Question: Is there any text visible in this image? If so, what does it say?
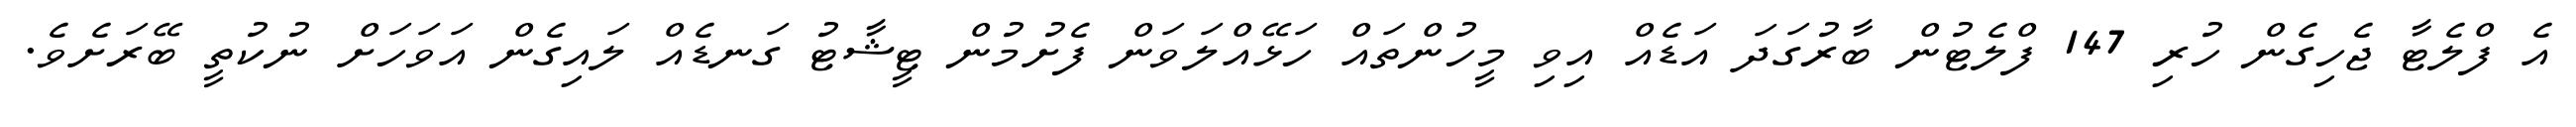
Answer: އެ ފްލެޓާ ޖެހިގެން ހުރި 147 ފްލެޓުން ބާރުގަދަ އަޑެއް އިވި މީހުންތައް ހަޅޭއްލަވަން ފެށުމުން ޓީޝާޓު ގަނޑެއް ލައިގެން އަވަހަށް ނުކުތީ ބޭރަށެވެ.